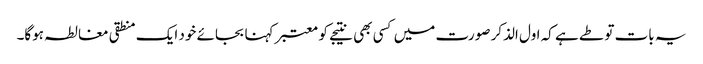
یہ بات تو طے ہے کہ اول الذکر صورت میں کسی بھی نتیجے کو معتبر کہنا بجائے خود ایک منطقی مغالطہ ہوگا۔